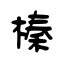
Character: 榛